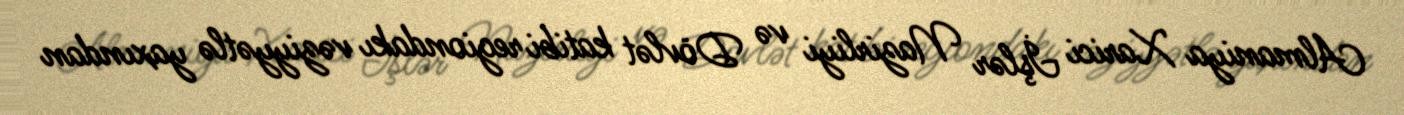
Almaniya Xarici İşlər Nazirliyi və Dövlət katibi regiondakı vəziyyətlə yaxından